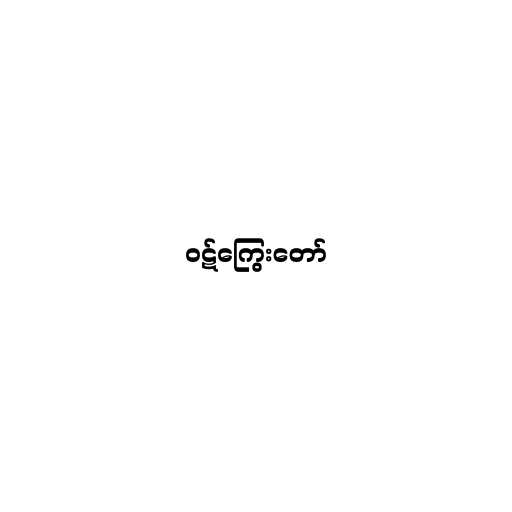
ဝဋ်ကြွေးတော်